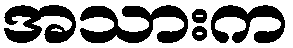
အသားက